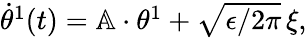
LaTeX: \begin{array}{r}{\dot{\theta}^{1}(t)=\mathbb{A}\cdot{\theta}^{1}+\sqrt{\epsilon/2\pi}\, {\xi},}\end{array}